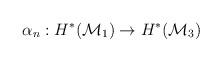
LaTeX: \begin{align*}\alpha_n : H^*({\cal M}_{1}) \to H^*({\cal M}_{3})\end{align*}